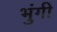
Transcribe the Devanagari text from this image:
भुंगी